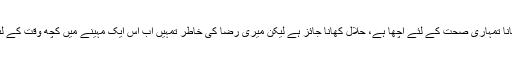
اگر خداتعالیٰ تمہیں روکتاہے کہ گو کھانا تمہاری صحت کے لئے اچھا ہے، حلال کھانا جائز ہے لیکن میری رضا کی خاطر تمہیں اب اس ایک مہینے میں کچھ وقت کے لئے کھانے سے ہاتھ روکنے پڑیں گے۔